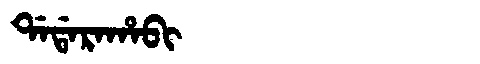
Manchu: ᡩᠠᡩᠠᡵᠠᡥᠠᠪᡳ
Romanization: DADARAHABI